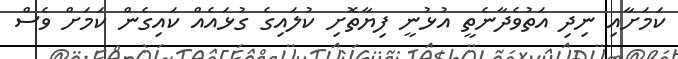
ކަމަށާއި ނިދި އަތުވެދާނެތީ އުޅުނީ ފިޔާތޮށި ކުލައިގެ ގުޅައެއް ކައިގެން ކަމަށް ވެސް